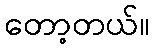
တော့တယ်။